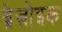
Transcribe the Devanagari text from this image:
ब्रेज़ोइक